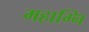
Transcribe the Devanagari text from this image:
महाग्नि